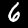
Label: 6